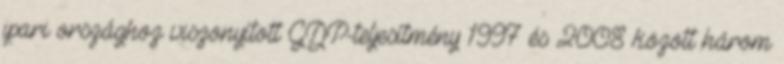
ipari országhoz viszonyított GDP-teljesítmény 1997 és 2008 között három